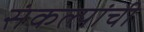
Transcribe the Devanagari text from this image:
संकल्पांची